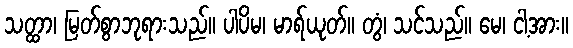
သတ္ထာ၊ မြတ်စွာဘုရားသည်။ ပါပိမ၊ မာရ်ယုတ်။ တွံ၊ သင်သည်။ မေ၊ ငါ့အား။